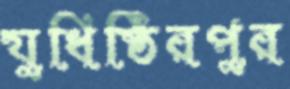
যুধিষ্ঠিরপুর